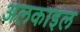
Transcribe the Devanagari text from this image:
अलकाइल